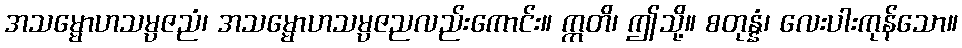
အသမ္မောဟသမ္ပဇညံ၊ အသမ္မောဟသမ္ပဇညလည်းကောင်း။ ဣတိ၊ ဤသို့။ စတုန္နံ၊ လေးပါးကုန်သော။